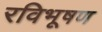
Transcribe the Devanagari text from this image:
रविभूषण